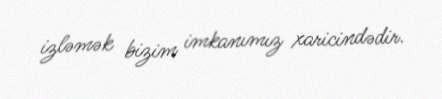
izləmək bizim imkanımız xaricindədir.